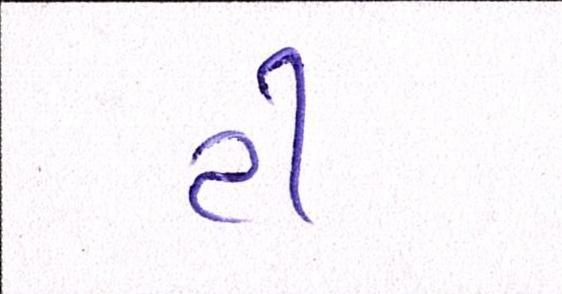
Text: ટી